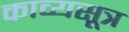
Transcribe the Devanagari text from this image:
काव्यसूत्र